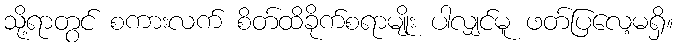
သို့ရာတွင် စကားလက် စိတ်ထိခိုက်စရာမျိုး ပါလျှင်မူ ဖတ်ပြလေ့မရှိ။